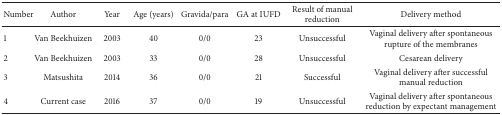
| Number | Author | Year | Age (years) | Gravida/para | GA at IUFD | Result of manual reduction | Delivery method |
 | --- | --- | --- | --- | --- | --- | --- | --- |
 | 1 | Van Beekhuizen | 2003 | 40 | 0/0 | 23 | Unsuccessful | Vaginal delivery after spontaneous rupture of the membranes |
 | 2 | Van Beekhuizen | 2003 | 33 | 0/0 | 28 | Unsuccessful | Cesarean delivery |
 | 3 | Matsushita | 2014 | 36 | 0/0 | 21 | Successful | Vaginal delivery after successful manual reduction |
 | 4 | Current case | 2016 | 37 | 0/0 | 19 | Unsuccessful | Vaginal delivery after spontaneous reduction by expectant management |